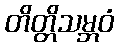
တိတ္တိသမ္ဘဝံ